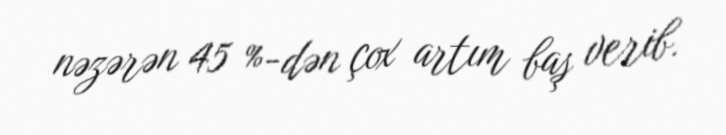
nəzərən 45 %-dən çox artım baş verib.